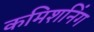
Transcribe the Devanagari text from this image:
कमिशनिंग